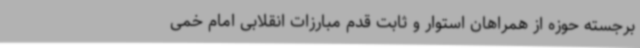
برجسته حوزه از همراهان استوار و ثابت قدم مبارزات انقلابی امام خمی